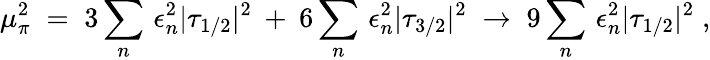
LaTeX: \mu_{\pi}^{2}\; =\; 3\sum_{n}\, \epsilon_{n}^{2}|\tau_{1/2}|^{2}\: +\: 6\sum_{n}\, \epsilon_{n}^{2}|\tau_{3/2}|^{2}\; \to\; 9\sum_{n}\, \epsilon_{n}^{2}|\tau_{1/2}|^{2}\; ,